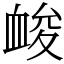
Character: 䘒